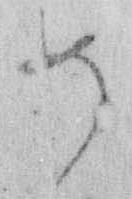
め